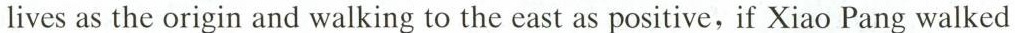
lives as the origin and walking to the east as positive,if Xiao Pang walked